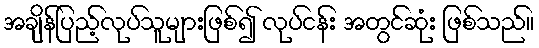
အချိန်ပြည့်လုပ်သူများဖြစ်၍ လုပ်ငန်း အတွင်ဆုံး ဖြစ်သည်။